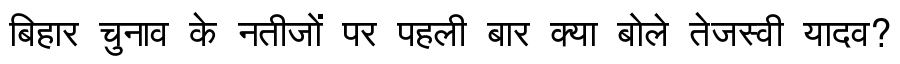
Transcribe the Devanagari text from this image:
बिहार चुनाव के नतीजों पर पहली बार क्या बोले तेजस्वी यादव?